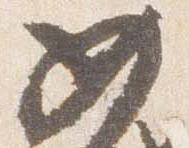
如